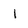
Character: 1